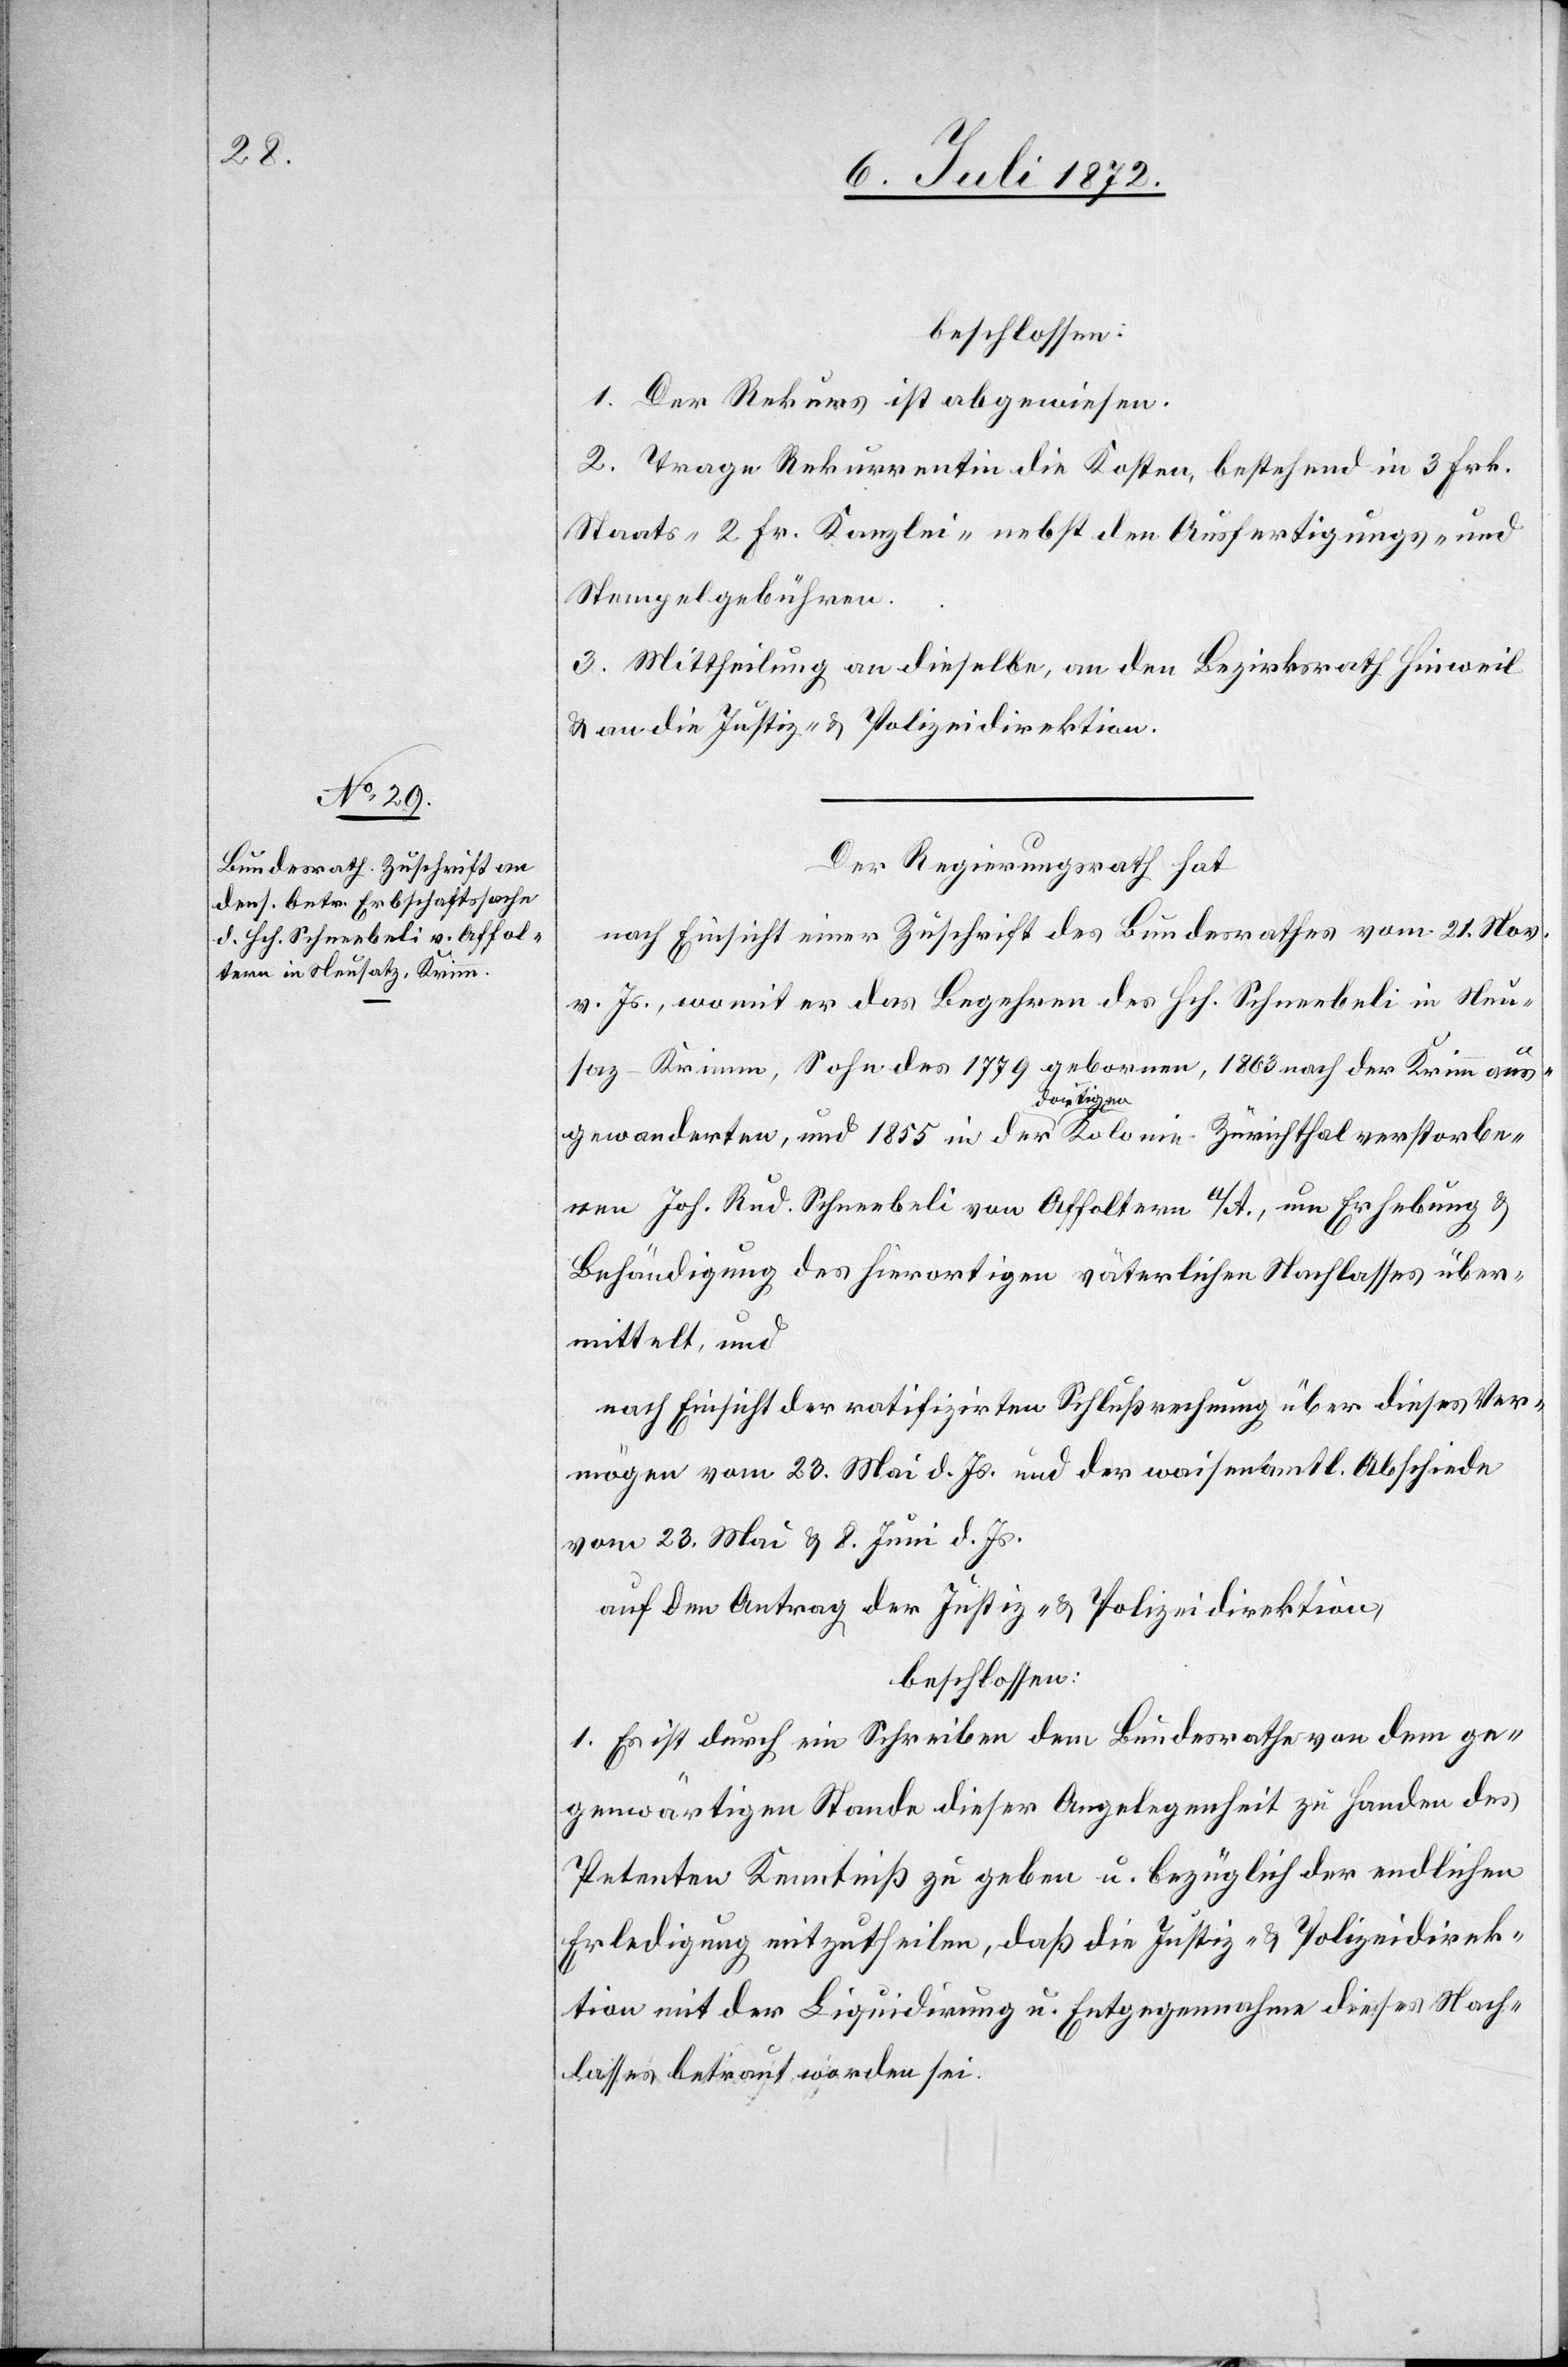
beschlossen:
1. Der Rekurs ist abgewiesen.
2. Trage Rekurrentin die Kosten, bestehend in 3 Frk.
Staats-[,] 2 Fr. Kanzlei-[,] nebst den Ausfertigungs- und
Stempelgebühren.
3. Mittheilung an dieselbe, an den Bezirksrath Hinweil
u. an die Justiz- u. Polizeidirektion.
Der Regierungsrath hat
nach Einsicht einer Zuschrift des Bundesrathes vom 21. Nov.
v. Js., womit er das Begehren des Hch. Schneebeli in Neu¬
saz-Krimm [sic!], Sohn des 1770 geborenen, 1803 nach der Krimm aus¬
gewanderten, und 1855 in der dortigen Kolonie Zürichthal verstorbe¬
nen Joh. Rud. Schneebeli von Affoltern a/A., um Erhebung u.
Behändigung des hierortigen väterlichen Nachlasses über¬
mittelt, und
nach Einsicht der ratifizirten Schlußrechnung über dieses Ver¬
mögen vom 23. Mai d. Js. und der waisenamtl. Abschiede
vom 23. Mai u. 8. Juni d. Js.
auf den Antrag der Justiz- u. Polizeidirektion,
beschlossen:
1. Es ist durch ein Schreiben dem Bundesrathe von dem ge¬
genwärtigen Stande dieser Angelegenheit zu Handen des
Petenten Kenntniß zu geben u. bezüglich der endlichen
Erledigung mitzutheilen, daß die Justiz- u. Polizeidirek¬
tion mit der Liquidirung u. Entgegennahme dieses Nach¬
lasses betraut worden sei.